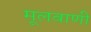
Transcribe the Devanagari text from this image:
मूलवाणी